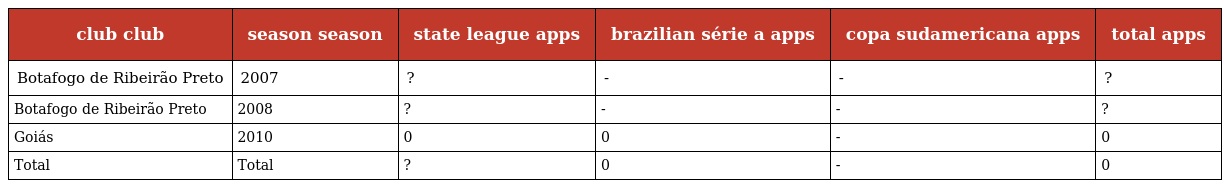
| club club | season season | state league apps | brazilian série a apps | copa sudamericana apps | total apps |
 | --- | --- | --- | --- | --- | --- |
 | Botafogo de Ribeirão Preto | 2007 | ? | - | - | ? |
 | Botafogo de Ribeirão Preto | 2008 | ? | - | - | ? |
 | Goiás | 2010 | 0 | 0 | - | 0 |
 | Total | Total | ? | 0 | - | 0 |